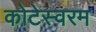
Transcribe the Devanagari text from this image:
कोटेस्वरम